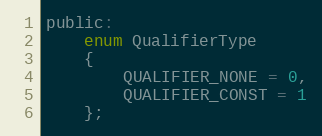
Language: C
public:
	enum QualifierType
	{
		QUALIFIER_NONE = 0,
		QUALIFIER_CONST = 1
	};